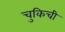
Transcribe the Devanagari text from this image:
चुकिची